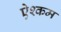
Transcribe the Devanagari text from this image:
ऐश्कम